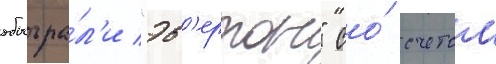
обыгра́л'и "эв'ертон" со́ счетом